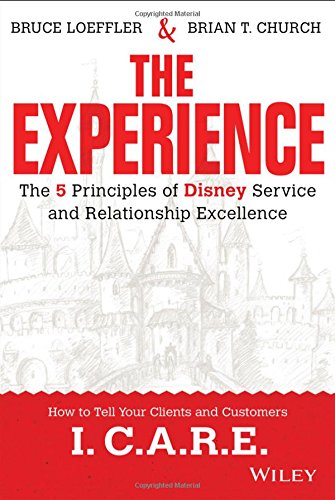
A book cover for The Experience: The 5 Principles of Disney Service and Relationship Excellence; Bruce Loeffler; Business & Money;